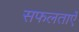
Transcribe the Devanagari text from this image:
सफलताऐं